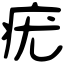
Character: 疣